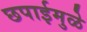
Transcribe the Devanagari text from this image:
छपाईमुळे